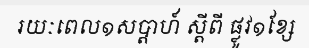
រយៈពេល១សប្តាហ៍ ស្តីពី ផ្លូវ១ខ្សែ